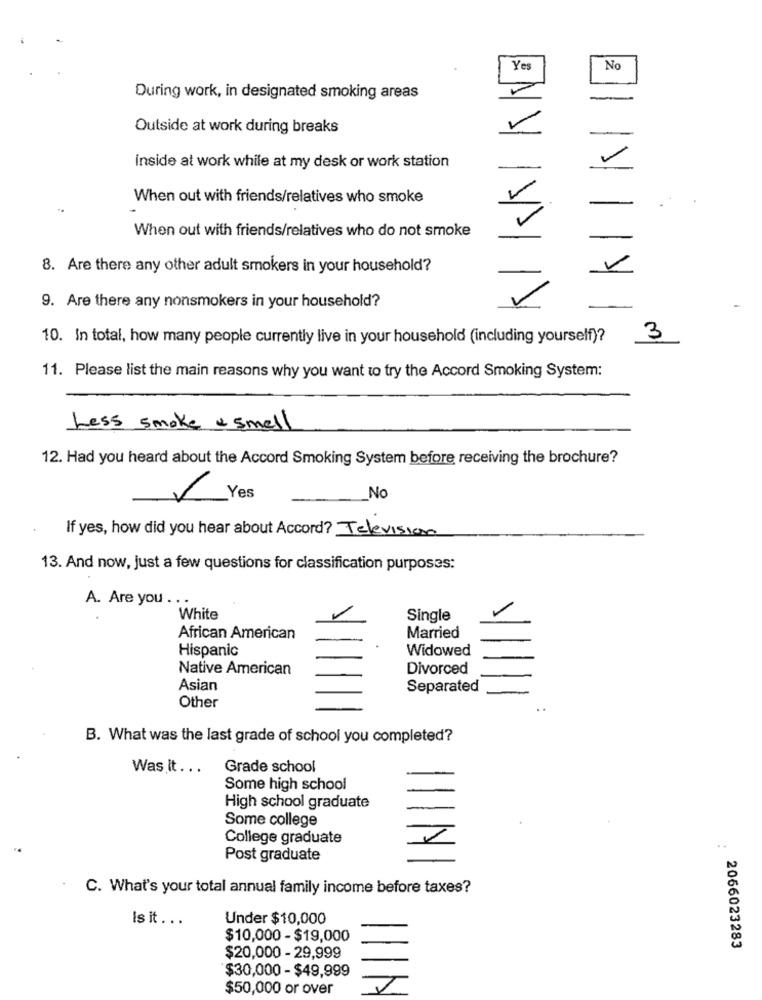
Yes
No
During work, in designated smoking areas
-
Outside at work during breaks
inside at work while at my desk or work station
When out with friends/relatives who smoke
V
When out with friends/relatives who do not smoke
8. Are there any other adult smokers in your household?
9. Are there any nonsmokers in your household?
10. In total, how many people currently live in your household (including yourself)?
3
11. Please list the main reasons why you want to try the Accord Smoking System:
Less smoke & smell
12. Had you heard about the Accord Smoking System before receiving the brochure?
K
Yes
No
If yes, how did you hear about Accord? Television
13. And now, just a few questions for classification purposes:
A. Are you ...
White
Single
African American
Married
Hispanic
Widowed
Native American
Divorced
Asian
Separated
Other
B. What was the last grade of school you completed?
Was It ...
Grade school
Some high school
High school graduate
Some college
College graduate
Post graduate
C. What's your total annual family income before taxes?
Is it . ..
Under $10,000
$10,000 - $19,000
2066023283
$20,000 - 29,999
$30,000 - $49,999
$50,000 or over